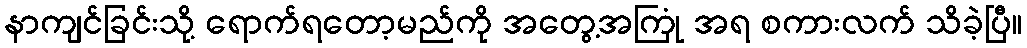
နာကျင်ခြင်းသို့ ရောက်ရတော့မည်ကို အတွေ့အကြုံ အရ စကားလက် သိခဲ့ပြီ။